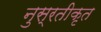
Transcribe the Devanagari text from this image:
नुस्रतीकृत